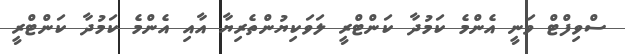
ސްވިފްޓް ވަނީ އެންމެ ކަމުދާ ކަންޓްރީ ލަވަކިޔުންތެރިޔާ އާއި އެންމެ ކަމުދާ ކަންޓްރީ